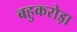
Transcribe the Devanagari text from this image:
बहुकरोड़ा